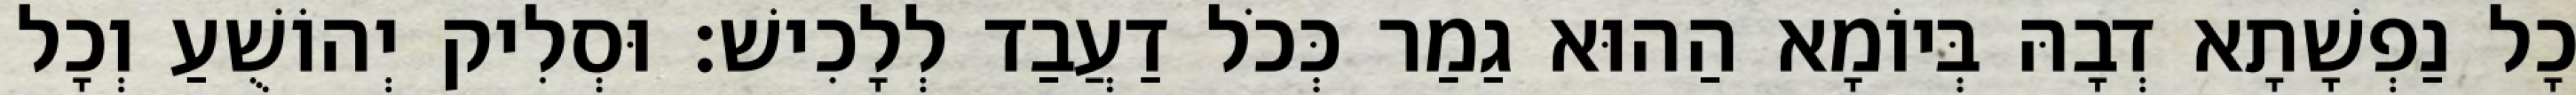
כָל נַפְשָׁתָא דְבָהּ בְּיוֹמָא הַהוּא גַמַר כְּכֹל דַעֲבַד לְלָכִישׁ׃ וּסְלִיק יְהוֹשֻׁעַ וְכָל